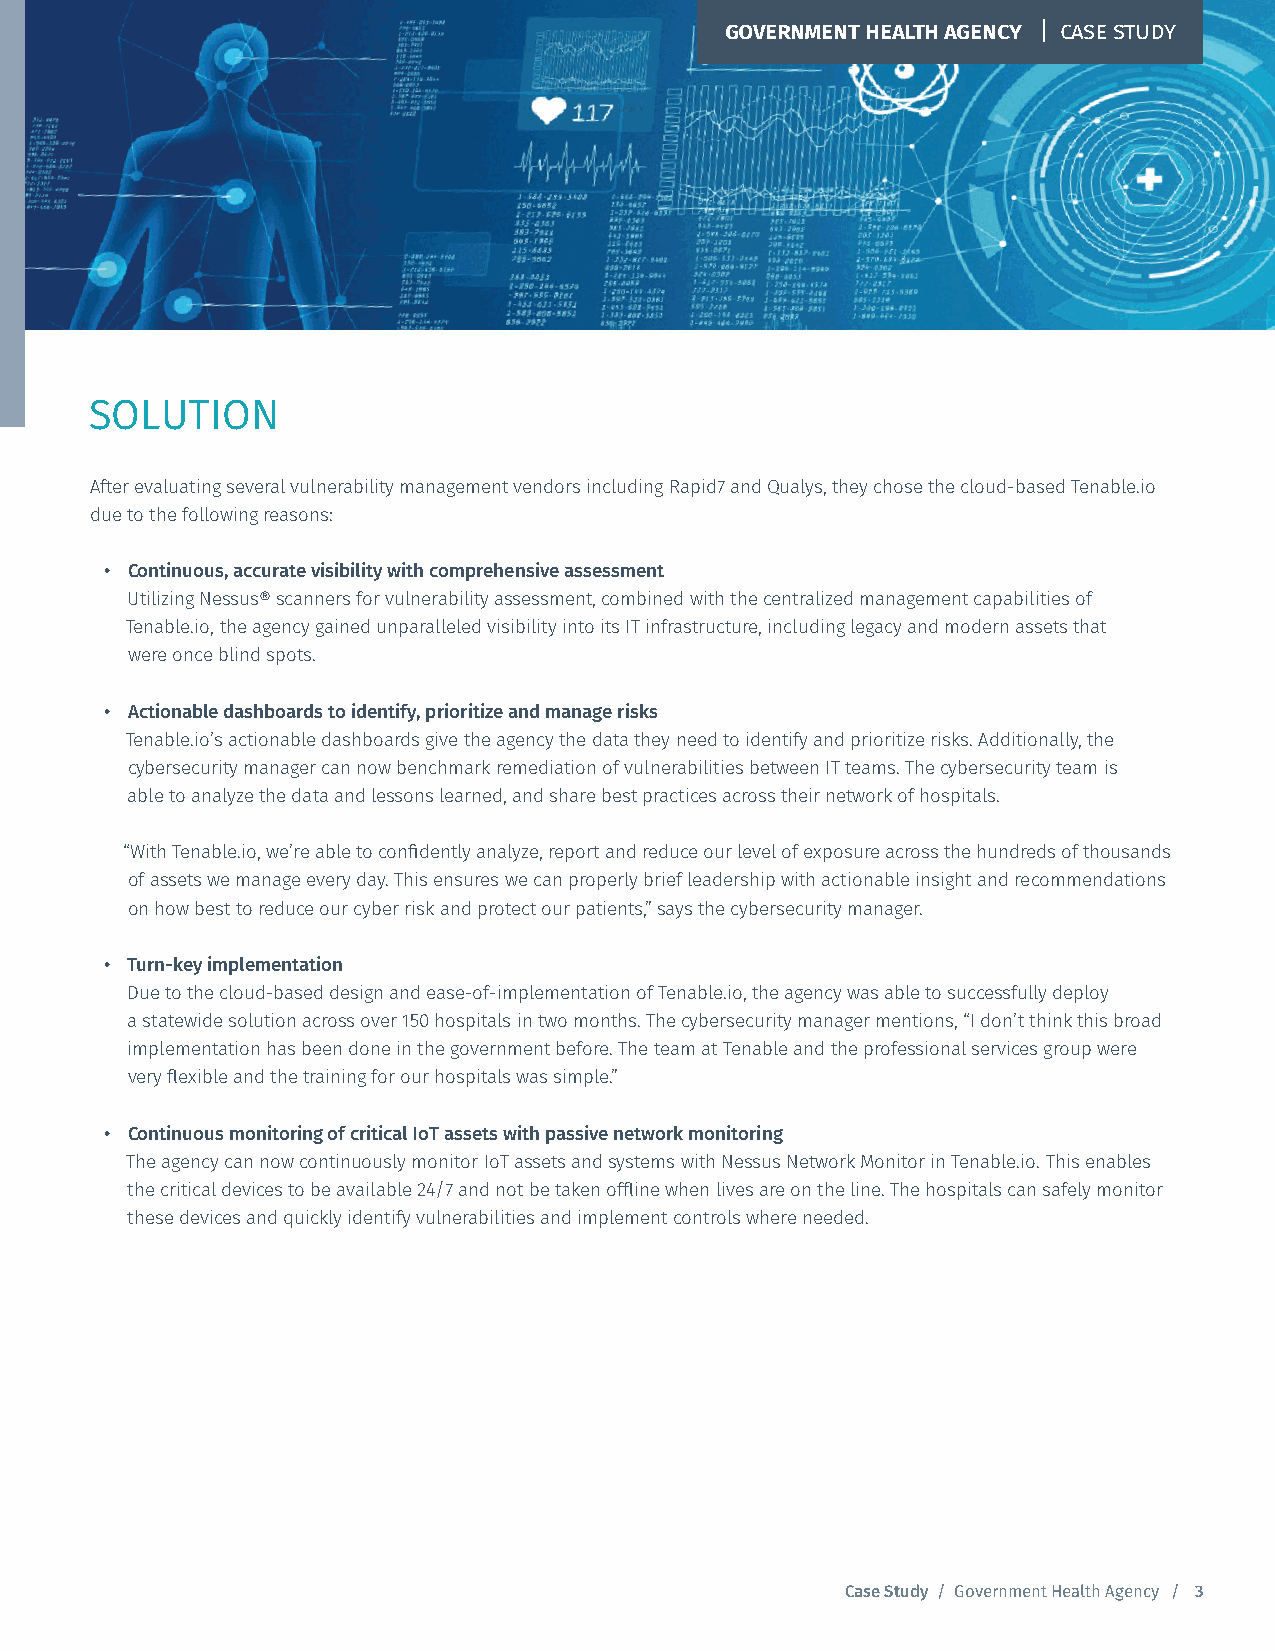
GOVERNMENT HEALTH AGENCY | CASE STUDY
 SOLUTION
 After evaluating several vulnerability management vendors including Rapid7 and Qualys, they chose the cloud-based Tenable.io
 due to the following reasons:
 • Continuous, accurate visibility with comprehensive assessment
 Utilizing Nessus® scanners for vulnerability assessment, combined with the centralized management capabilities of
 Tenable.io, the agency gained unparalleled visibility into its IT infrastructure, including legacy and modern assets that
 were once blind spots.
 • Actionable dashboards to identify, prioritize and manage risks
 Tenable.io’s actionable dashboards give the agency the data they need to identify and prioritize risks. Additionally, the
 cybersecurity manager can now benchmark remediation of vulnerabilities between IT teams. The cybersecurity team is
 able to analyze the data and lessons learned, and share best practices across their network of hospitals.
 “With Tenable.io, we’re able to confidently analyze, report and reduce our level of exposure across the hundreds of thousands
 of assets we manage every day. This ensures we can properly brief leadership with actionable insight and recommendations
 on how best to reduce our cyber risk and protect our patients,” says the cybersecurity manager.
 • Turn-key implementation
 Due to the cloud-based design and ease-of-implementation of Tenable.io, the agency was able to successfully deploy
 a statewide solution across over 150 hospitals in two months. The cybersecurity manager mentions, “I don’t think this broad
 implementation has been done in the government before. The team at Tenable and the professional services group were
 very flexible and the training for our hospitals was simple.”
 • Continuous monitoring of critical IoT assets with passive network monitoring
 The agency can now continuously monitor IoT assets and systems with Nessus Network Monitor in Tenable.io. This enables
 the critical devices to be available 24/7 and not be taken offline when lives are on the line. The hospitals can safely monitor
 these devices and quickly identify vulnerabilities and implement controls where needed.
 Case Study / Government Health Agency / 3